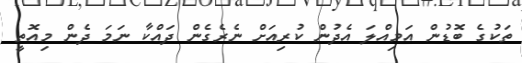
ތަކުގެ ބޮޑުން އަމިއްލަ އެދުން ކުރިއަށް ނެރެގެން ދައްކާ ނަމަ ދެން މިއޮތީ